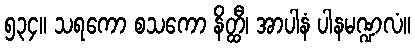
၅၃၄။ သရကော စသကော နိတ္ထီ၊ အာပါနံ ပါနမဏ္ဍလံ။